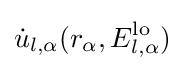
{\dot {u}}_{l,\alpha }(r_{\alpha },E_{l,\alpha }^{\text{lo}})